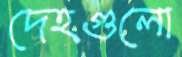
দেহগুলো